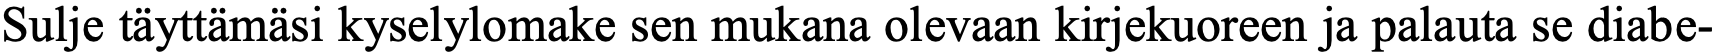
Sulje täyttämäsi kyselylomake sen mukana olevaan kirjekuoreen ja palauta se diabe-